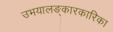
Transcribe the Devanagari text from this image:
उभयालङ्कारकारिका